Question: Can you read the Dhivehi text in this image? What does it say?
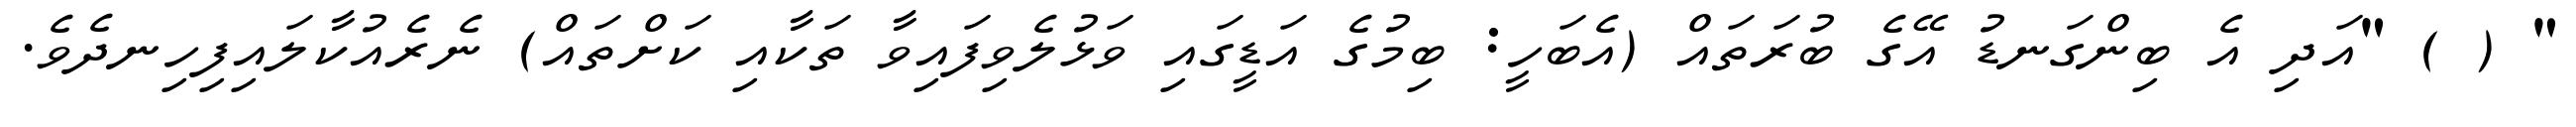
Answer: " ( ) "އަދި އެ ބިންގަނޑު އޭގެ ބުރަތައް (އެބަހީ: ބިމުގެ އަޑީގައި ވަޅުލެވިފައިވާ ތަކާއި ކަށްތައް) ނެރެއުކާލައިފިހިނދެވެ.